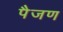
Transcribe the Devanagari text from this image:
पैजण